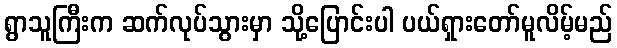
ရွာသူကြီးက ဆက်လုပ်သွားမှာ သို့ပြောင်းပါ ပယ်ရှားတော်မူလိမ့်မည်